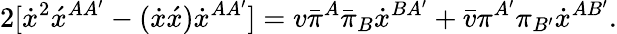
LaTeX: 2[\dot{x}^{2}\acute{x}^{AA^{\prime}}-(\dot{x}\acute{x})\dot{x}^{AA^{\prime}}]=v\bar{\pi}^{A}\bar{\pi}_{B}\dot{x}^{BA^{\prime}}+\bar{v}\pi^{A^{\prime}}\pi_{B^{\prime}}\dot{x}^{AB^{\prime}}.